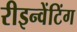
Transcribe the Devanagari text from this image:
रीइन्वेंटिंग